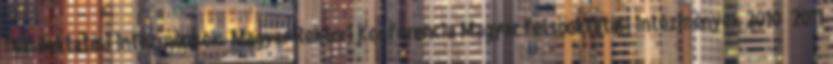
felsőoktatási intézmények. Magyar Rektori Konferencia Magyar felsőoktatási intézmények 2010 2011